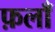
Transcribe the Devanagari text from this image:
फ़लाँ